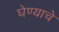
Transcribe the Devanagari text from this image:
घेण्‍याचे